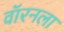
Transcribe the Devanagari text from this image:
वॉरनला